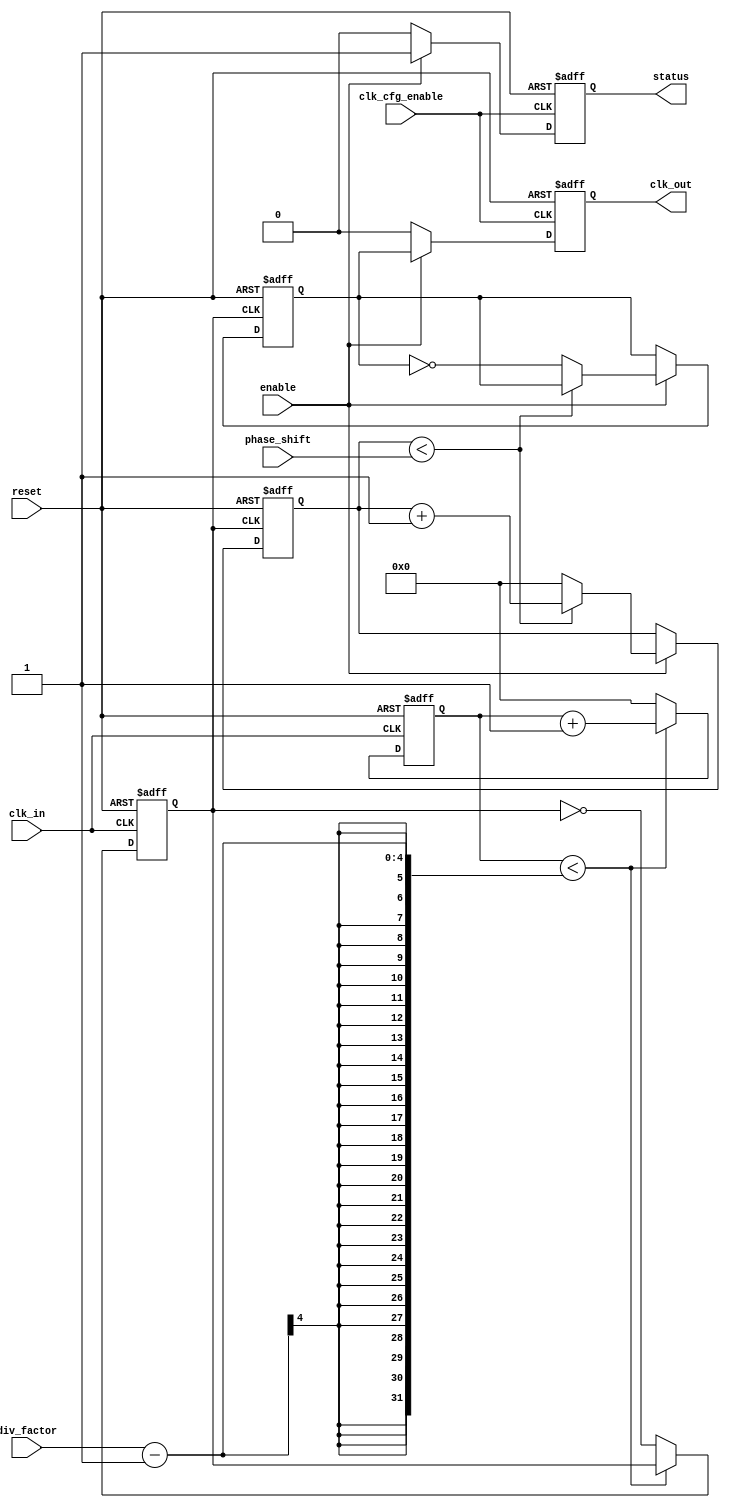
module ProgrammableClockBuffer (
    input wire clk_in,                 // Input clock
    input wire [3:0] div_factor,       // Programmable frequency division factor (1-16)
    input wire [3:0] phase_shift,      // Programmable phase shift (in clock cycles)
    input wire enable,                 // Enable/disable control for the output clock
    input wire reset,                  // Asynchronous reset
    input wire clk_cfg_enable,         // Configuration clock enable
    output reg clk_out,                // Output clock
    output reg status                  // Status indicator
);

    // Internal signals
    reg [3:0] counter;                 // Counter for frequency division
    reg [3:0] phase_counter;           // Counter for phase shifting
    reg clk_div;                       // Divided clock signal
    reg phase_adjusted_clk;            // Phase adjusted clock signal

    // Frequency divider logic
    always @(posedge clk_in or posedge reset) begin
        if (reset) begin
            counter <= 0;
            clk_div <= 0;
        end else begin
            if (counter < (div_factor - 1)) begin
                counter <= counter + 1;
            end else begin
                counter <= 0;
                clk_div <= ~clk_div; // Toggle divided clock
            end
        end
    end

    // Phase shifting logic
    always @(posedge clk_div or posedge reset) begin
        if (reset) begin
            phase_counter <= 0;
            phase_adjusted_clk <= 0;
        end else if (enable) begin
            if (phase_counter < phase_shift) begin
                phase_counter <= phase_counter + 1;
            end else begin
                phase_adjusted_clk <= ~phase_adjusted_clk; // Toggle phase adjusted clock
                phase_counter <= 0;
            end
        end
    end

    // Output clock and status control
    always @(posedge clk_cfg_enable or posedge reset) begin
        if (reset) begin
            clk_out <= 0;
            status <= 0;
        end else begin
            if (enable) begin
                clk_out <= phase_adjusted_clk;
                status <= 1; // Outputs enabled
            end else begin
                clk_out <= 0; // Disable output clock
                status <= 0; // Outputs disabled
            end
        end
    end

endmodule